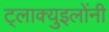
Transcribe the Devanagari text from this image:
ट्लाक्युइलोंनी